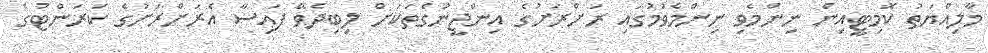
މާލިއްޔަތު ކޮމިޓީއިން ނިންމެވި ނިންމެވުމުގައި ރަށްރަށުގެ އިންޖީނުގެތަކަށް ލިބިދެވޭ ފައިސާ އެރަށްރަށުގެ ކަރަންޓުގެ